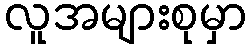
လူအများစုမှာ